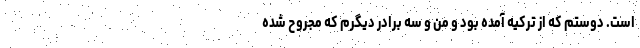
است. دوستم که از ترکیه آمده بود و من و سه برادر دیگرم که مجروح شده